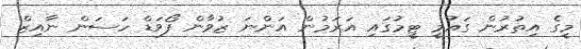
މީގެ އިތުރުން ގައުމީ ޓީމުގައި އަރަމުން އަންނަ ޒުވާން ފޯވަޑް ހަސަން ނާއިޒް